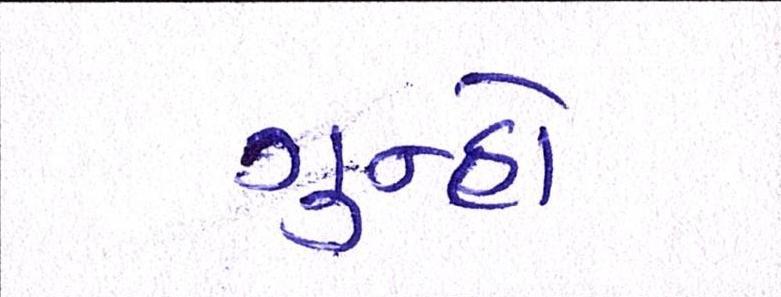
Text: ગુન્હો